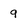
Character: 9